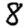
Digit: 8